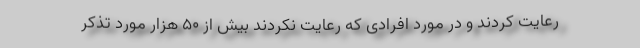
رعایت کردند و در مورد افرادی که رعایت نکردند بیش از 50 هزار مورد تذکر